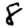
Digit: 8